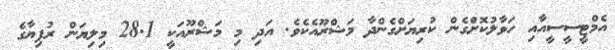
އެމްޓީސީސީއާއި ހަވާލުކޮށްގެން ކުރިޔަށްގެންދާ މަޝްރޫއެކެވެ. އަދި މި މަޝްރޫއަކީ 28.1 މިލިޔަން ރުފިޔާގެ